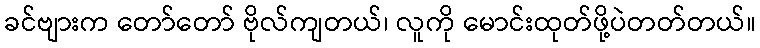
ခင်ဗျားက တော်တော် ဗိုလ်ကျတယ်၊ လူကို မောင်းထုတ်ဖို့ပဲတတ်တယ်။